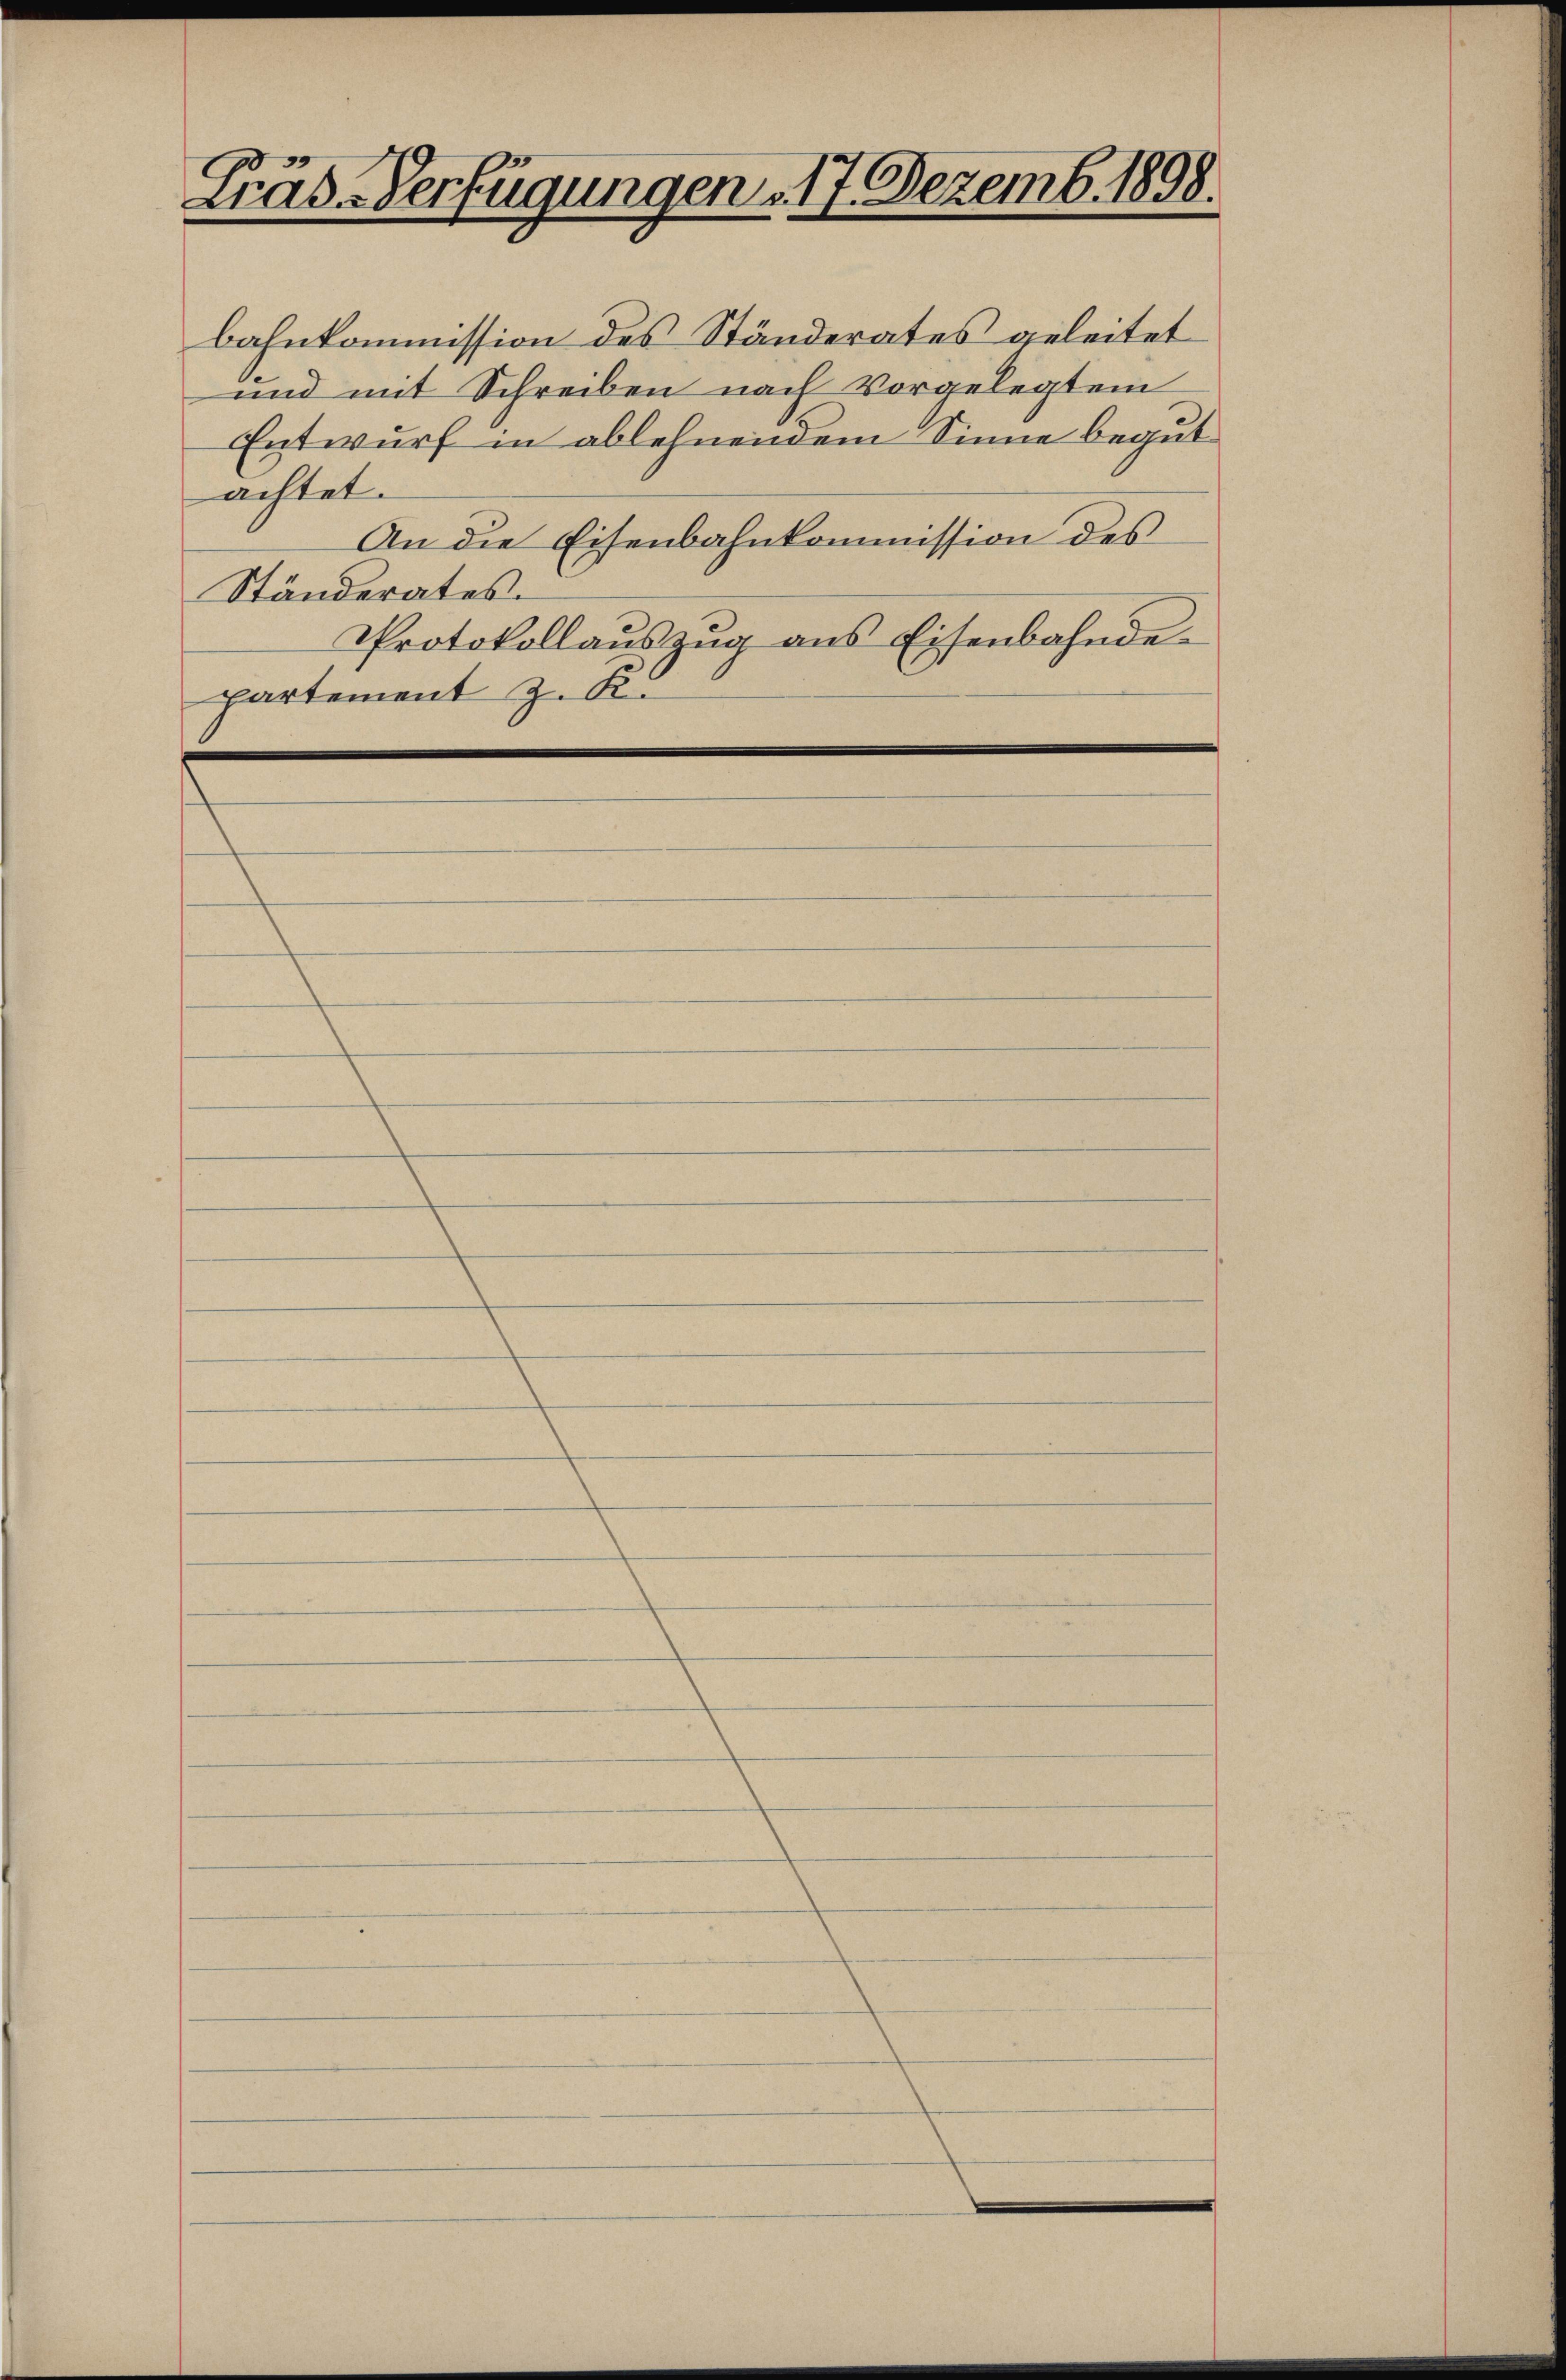
Fräs-Verfügungen 17. Dezemb. 1898.

bahnkommission des Ständerates geleitet
und mit Schreiben nach vorgelegtem
Entwurf in ablehnendem Sinne begut
achtet.
An die Eisenbahnkommission des
Ständerates.
Protokollaŭszŭg ans Eisenbahnde-
partement z. K.